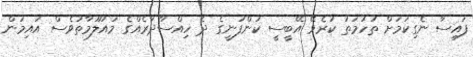
ފައިސާ ނެގިކަމަށް ތުހުމަތު ކުރެވޭ އޭބީސީ ކުންފުނީގެ ދެ ހިއްސާދާރެއްގެ މައުލޫމާތުވެސް އައިމަން